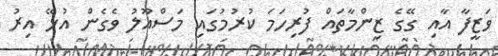
ވަޒީފާ އާއި ގޭގެ ޒިންމާތައް ފުރިހަމަ ކުރުމުގައި މަސްއޫލު ވެގެން އުޅޭ އިރު